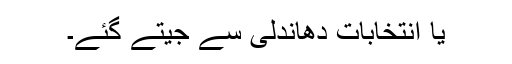
یا انتخابات دھاندلی سے جیتے گئے۔